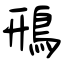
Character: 鳽